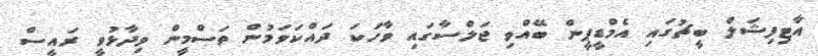
އާޓިފިޝަލް ބީޗުގައި އެމްޑީޕީން ބޭއްވި ޖަލްސާގައި ވާހަކަ ދައްކަވަމުން ތަސްމީން ވިދާޅުވީ ރައީސް